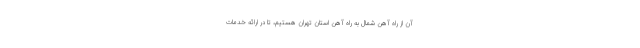
آن از راه آهن شمال به راه آهن استان تهران هستیم، تا در ارائه خدمات